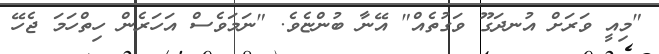
"މިއީ ވަރަށް އުނދަގޫ ވަގުތެއް" އޭނާ ބުންޏެވެ. "ނަމަވެސް އަހަރެން ހިތްހަމަ ޖެހޭ